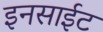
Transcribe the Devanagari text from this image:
इनसाईट